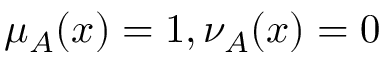
\mu _ { A } ( x ) = 1 , \nu _ { A } ( x ) = 0